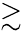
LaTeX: \stackrel{\textstyle>}{\sim}